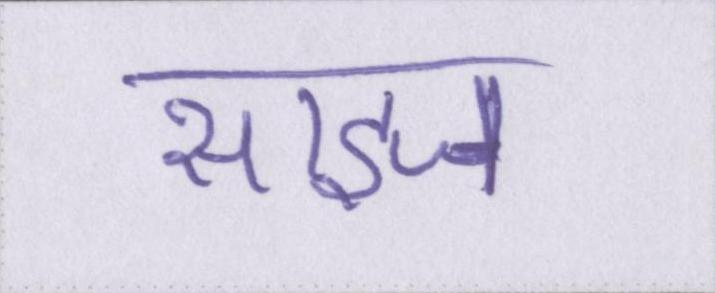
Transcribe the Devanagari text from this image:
साइज